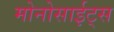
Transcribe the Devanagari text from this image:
मोनोसाईट्स